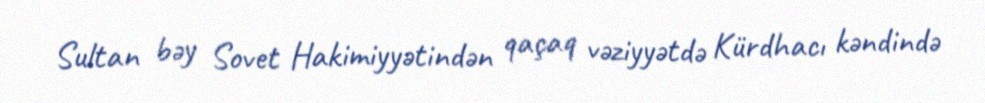
Sultan bəy Sovet Hakimiyyətindən qaçaq vəziyyətdə Kürdhacı kəndində